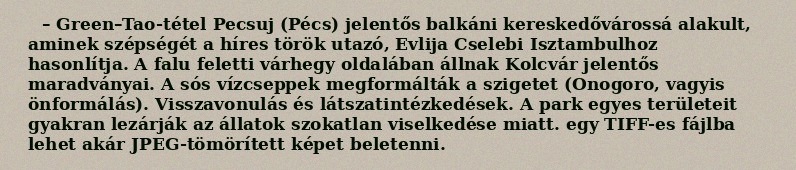
– Green–Tao-tétel Pecsuj (Pécs) jelentős balkáni kereskedővárossá alakult, aminek szépségét a híres török utazó, Evlija Cselebi Isztambulhoz hasonlítja. A falu feletti várhegy oldalában állnak Kolcvár jelentős maradványai. A sós vízcseppek megformálták a szigetet (Onogoro, vagyis önformálás). Visszavonulás és látszatintézkedések. A park egyes területeit gyakran lezárják az állatok szokatlan viselkedése miatt. egy TIFF-es fájlba lehet akár JPEG-tömörített képet beletenni.